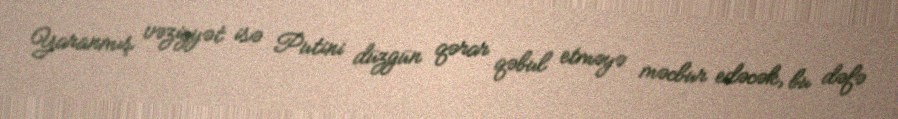
Yaranmış vəziyyət isə Putini düzgün qərar qəbul etməyə məcbur edəcək, bu dəfə